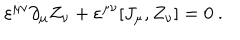
\varepsilon ^ { \mu \nu } \partial _ { \mu } Z _ { \nu } + \varepsilon ^ { \mu \nu } [ J _ { \mu } , Z _ { \nu } ] = 0 ~ .